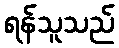
ရန်သူသည်